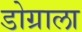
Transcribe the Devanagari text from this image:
डोग्राला